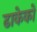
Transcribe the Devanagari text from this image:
ढाकेको